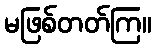
မဖြစ်တတ်ကြ။